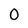
Character: 0